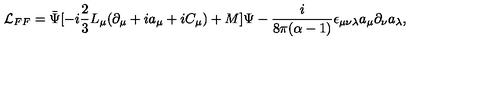
{ \cal L } _ { F F } = \bar { \Psi } [ - i \frac { 2 } { 3 } L _ { \mu } ( \partial _ { \mu } + i a _ { \mu } + i C _ { \mu } ) + M ] \Psi - \frac { i } { 8 \pi ( \alpha - 1 ) } \epsilon _ { \mu \nu \lambda } a _ { \mu } \partial _ { \nu } a _ { \lambda } ,